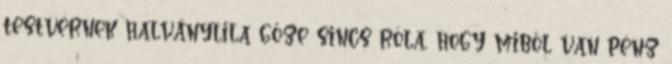
testvérnek halványlila gőze sincs róla, hogy miből van pénz